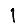
Digit: 1